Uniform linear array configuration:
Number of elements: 24
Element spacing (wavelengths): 1
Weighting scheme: exponential
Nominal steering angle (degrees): -30
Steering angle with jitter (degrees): -29.177
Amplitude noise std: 0.05
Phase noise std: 0.05

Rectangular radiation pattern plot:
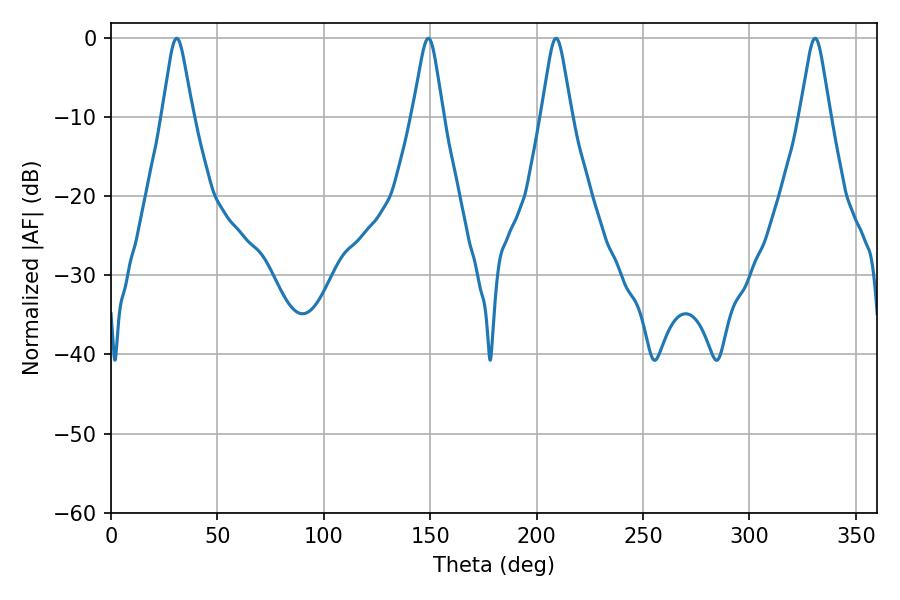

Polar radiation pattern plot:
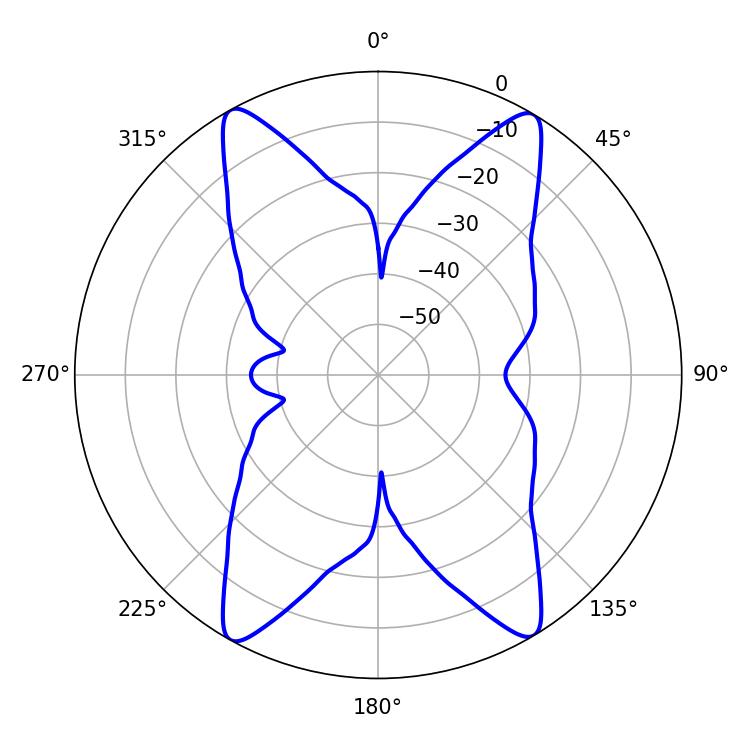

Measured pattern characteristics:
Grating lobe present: TRUE
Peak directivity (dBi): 21.956
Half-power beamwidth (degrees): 6.66
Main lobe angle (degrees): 330.84